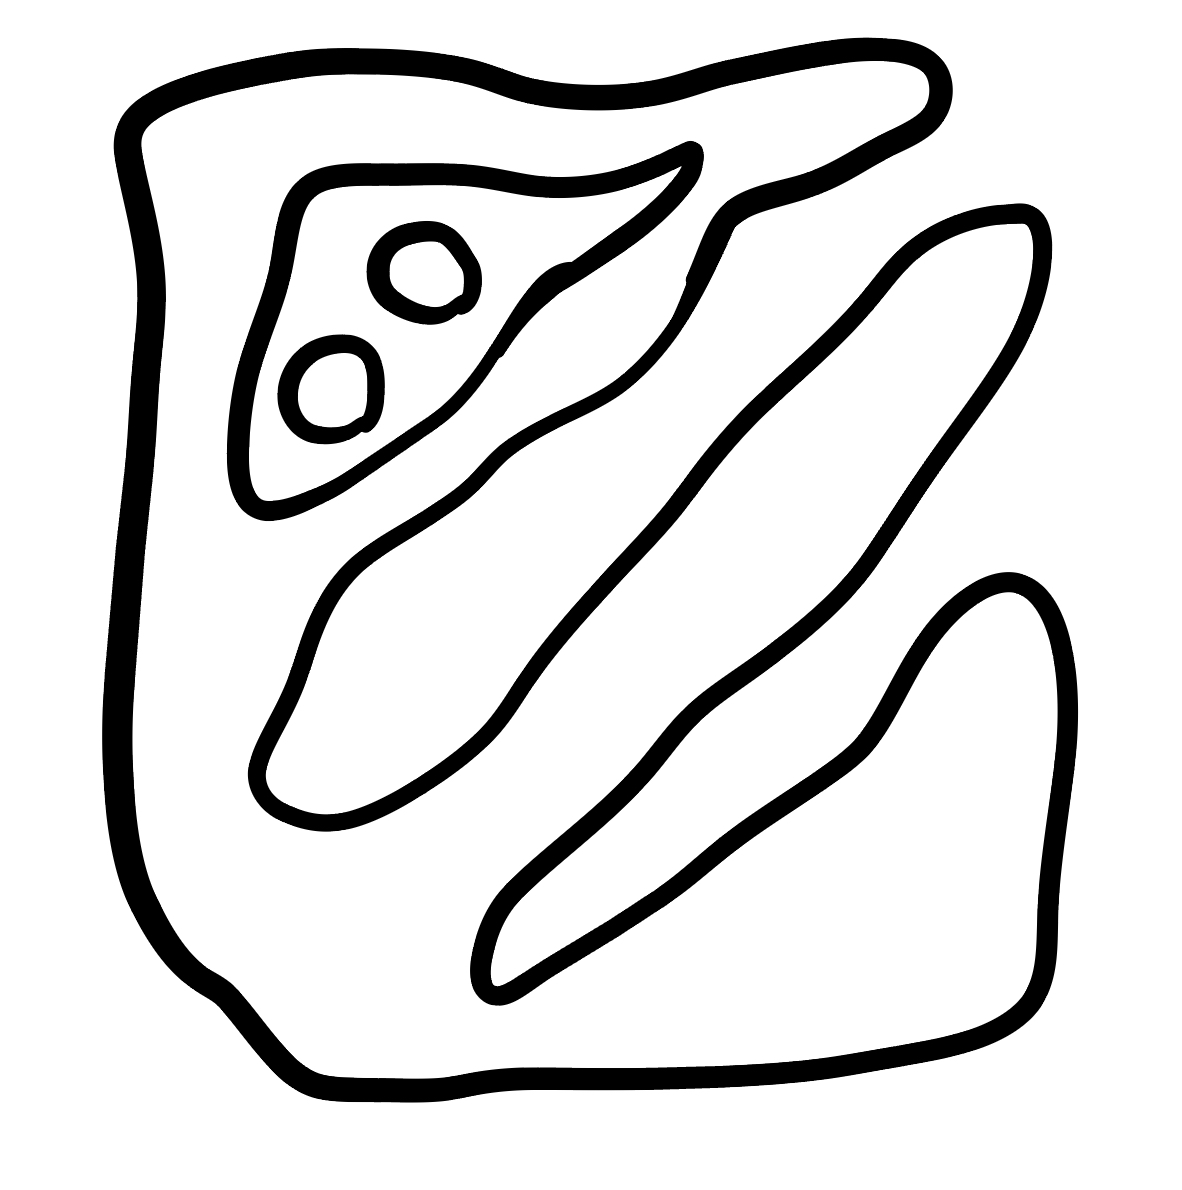
Number of regions (including the outer root region): 5
Containment tree edges (parent, child): 0, 1, 1, 2, 2, 3, 2, 4